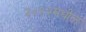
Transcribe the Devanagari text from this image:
२०१२मधील